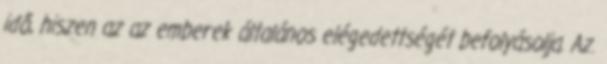
idő, hiszen az az emberek általános elégedettségét befolyásolja. Az.